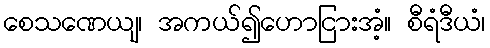
စေသဏေယျ၊ အကယ်၍ဟောငြားအံ့။ စီရံဒီယံ၊